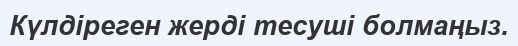
Күлдіреген жерді тесуші болмаңыз.